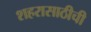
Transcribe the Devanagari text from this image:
शहरासाठीची